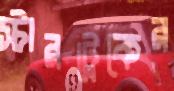
স্টারট্রেকের